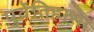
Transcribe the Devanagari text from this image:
पुर्वेतिहासा